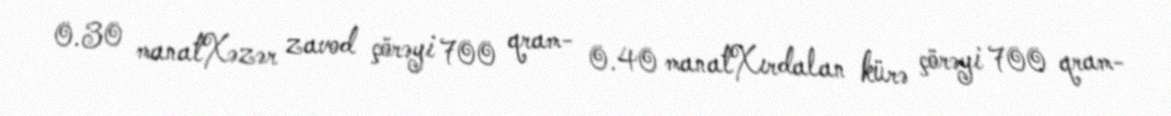
0.30 manatXəzər zavod çörəyi 700 qram- 0.40 manatXırdalan kürə çörəyi 700 qram-